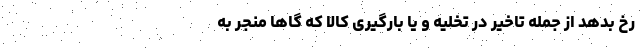
رخ بدهد از جمله تاخیر در تخلیه و یا بارگیری کالا که گاها منجر به